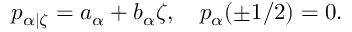
p _ { \alpha | \zeta } = a _ { \alpha } + b _ { \alpha } \zeta , \quad p _ { \alpha } ( \pm 1 / 2 ) = 0 .